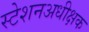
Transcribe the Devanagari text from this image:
स्टेशनअधीक्षक